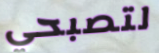
لتصبحي